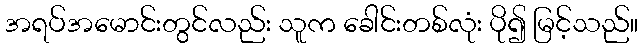
အရပ်အမောင်းတွင်လည်း သူက ခေါင်းတစ်လုံး ပို၍ မြင့်သည်။